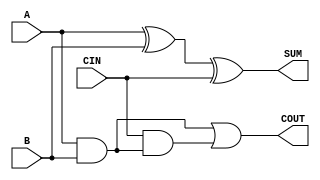
`timescale 1ns / 1ps

module fulladderusingstructural(A,B,CIN,SUM,COUT);
input A,B,CIN;
output SUM,COUT;
wire c1,c2,c3;

xor xor1(c1,A,B);
xor xor2(SUM,c1,CIN);
and and1(c2,A,B);
and and2(c3,CIN,c2);
or or1(COUT,c2,c3);
endmodule